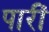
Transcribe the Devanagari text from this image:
पारीं